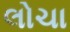
લોચા